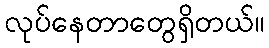
လုပ်နေတာတွေရှိတယ်။